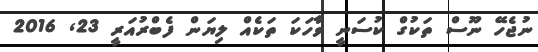
ނުޖެހޭ ނޫސް ތަކުގް ކުސަނީ ވާހަކަ ތަކެއް ލިޔަން ފެބްރުއަރީ 23